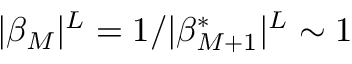
| \beta _ { M } | ^ { L } = 1 / | \beta _ { M + 1 } ^ { \ast } | ^ { L } \sim 1